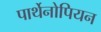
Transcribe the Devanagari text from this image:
पार्थेनोपियन